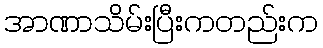
အာဏာသိမ်းပြီးကတည်းက